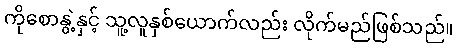
ကိုစောနွဲ့နှင့် သူ့လူနှစ်ယောက်လည်း လိုက်မည်ဖြစ်သည်။